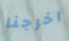
اخرجنا